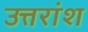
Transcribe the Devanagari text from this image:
उत्तरांश